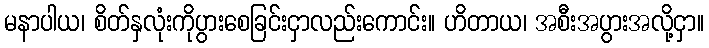
မနာပါယ၊ စိတ်နှလုံးကိုပွားစေခြင်းငှာလည်းကောင်း။ ဟိတာယ၊ အစီးအပွားအလို့ငှာ။